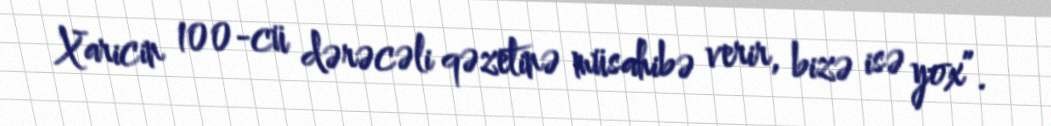
Xaricin 100-cü dərəcəli qəzetinə müsahibə verir, bizə isə yox”.